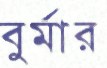
বুর্মার